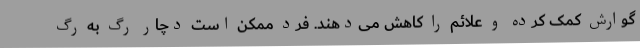
گوارش کمک کرده و علائم را کاهش می‌دهند. فرد ممکن است دچار رگ به رگ